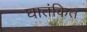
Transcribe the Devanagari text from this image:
घातंकित